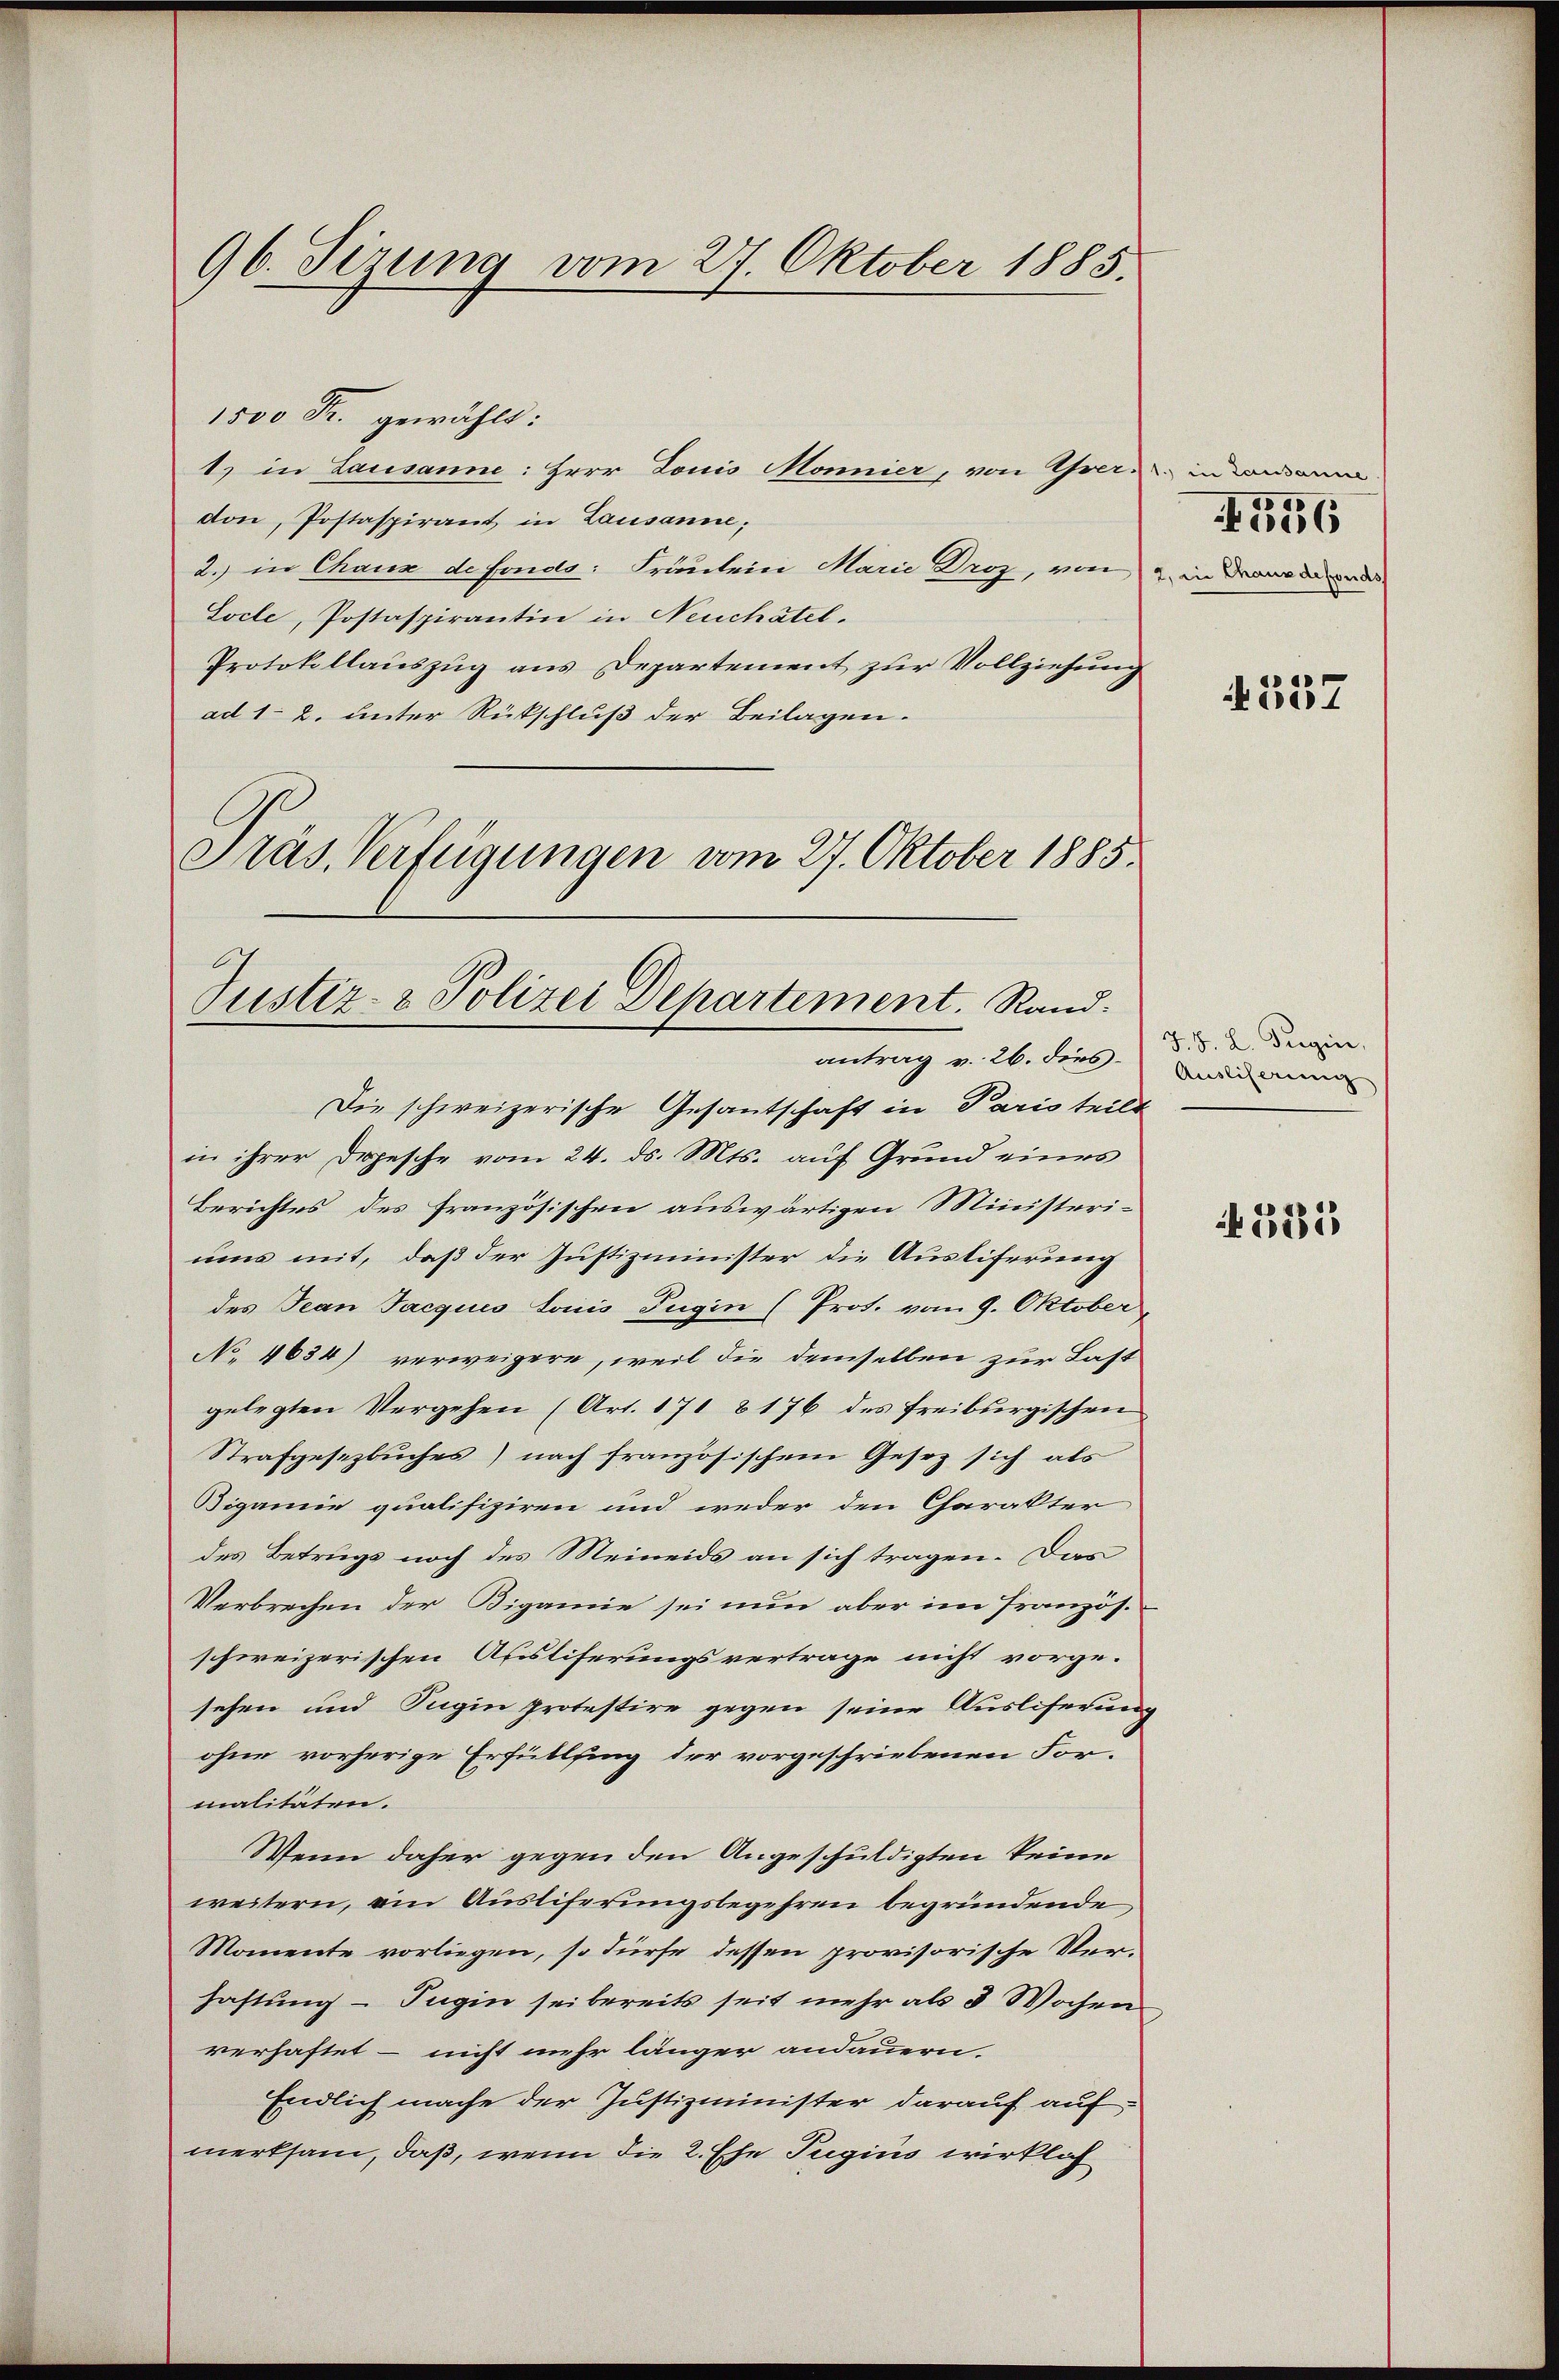
96. Sizung vom 27. Oktober 1885.

1500 Fr. gewählt:
1) in Lausanne: Herr Louis Monnier, von Gern in sondern
don, Postaspirant in Lausanne;
2.) in Chaux de fonds: Fräulein Marie Droz, von 2 in Dramandes
Socle, Postaspirantin in Neuchâtel.
Protokollauszug aus Departement zur Vollziehung
ad 1. 2. unter Rückschluß der Beilagen.
Präs. Verfügungen vom 27. Oktober 1885.

Justiz- & Polizei Departement. Rand.
antrag v. 26. dies

Die schweizerische Gesantschaft in Paris teilt
in ihrer Dopesche vom 24. ds. Mts. auf Grund eines
Berichtes des französischen auswärtigen Ministeri-
ums mit, daß der Justizminister die Austiferung
des Jean Jacquis lociis Tugin (Prot. vom 9. Oktober,
No. 1634) verweigere, weil die demselben zur Last
gelegten Vergehen (Art. 171 8176 des freiburgischen
Strafgesezbuches) nach französischem Gesez sich als
Bigamie qualifiziren und weder den Charakter
des Betrugs noch des Meineids an sich tragen. Das
Verbrechen der Bigamie sei nun aber im Französ.
schweizerischen Ausliferungsvertrage nicht vorge-
sehen und Tugin protestire gegen seine Ausliserung
ohne vorherige Erfüllsing der vorgeschriebenen Formalitäten.
Wenn daher gegen den Angeschuldigten keine
weitern, ein Ausliferungsbegehren begründende
Momente vorliegen, so dürfe dessen provisorische Verhaftung – Tugin sei bereits seit mehr als 3 Wochen
verhaftet – nicht mehr länger andauern.
Endlich mache der Justizminister darauf auf
merksam, daß, wenn die 2. Ehe Tugius wirklich

30
4056

357

J. F. L. Tugin,
Ausliserung

381